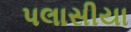
પલાસીયા